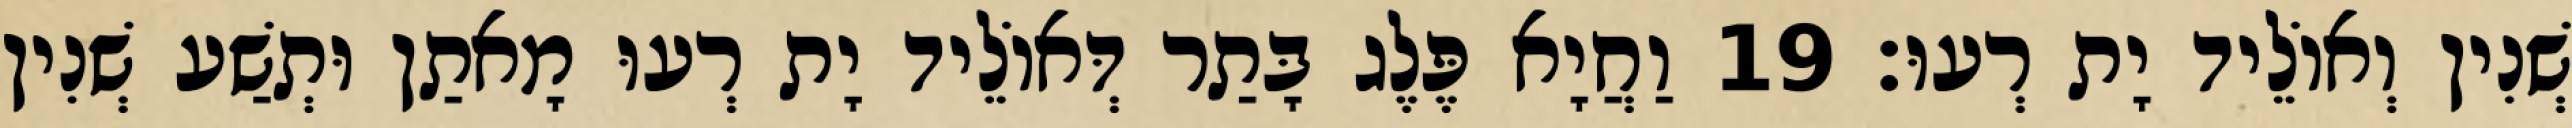
שְׁנִין וְאוֹלֵיד יָת רְעוּ׃ 19 וַחֲיָא פֶּלֶג בָּתַר דְּאוֹלֵיד יָת רְעוּ מָאתַן וּתְשַׁע שְׁנִין